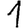
Digit: 1